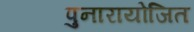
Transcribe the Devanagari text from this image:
पुनारायोजित